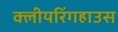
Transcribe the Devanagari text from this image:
क्लीयरिंगहाउस